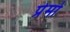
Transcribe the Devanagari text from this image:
प्रेमो